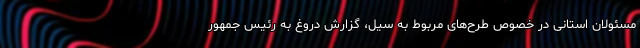
مسئولان استانی در خصوص طرح‌های مربوط به سیل، گزارش دروغ به رئیس جمهور